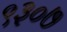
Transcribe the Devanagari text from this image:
९३०७